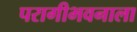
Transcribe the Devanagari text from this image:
परागीभवनाला